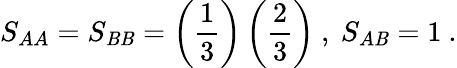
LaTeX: S_{AA}=S_{\mathit{B}\mathit{B}}=\left(\frac{{1}}{{3}}\right)\left(\frac{{2}}{{3}}\right)\ ,\ S_{A\mathit{B}}=1\ .